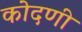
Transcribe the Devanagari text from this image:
कोदणी